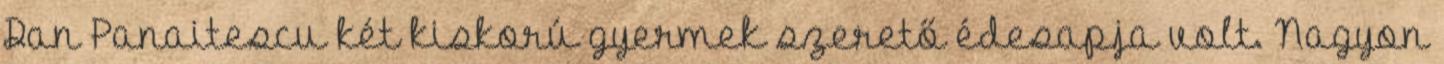
Dan Panaitescu két kiskorú gyermek szerető édesapja volt. Nagyon